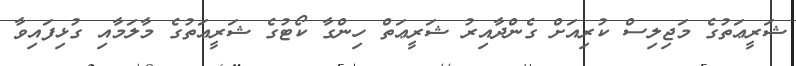
ޝަރީޢަތުގެ މަޖިލިސް ކުރިއަށް ގެންދާއިރު ޝަރީޢަތް ހިންގާ ކޯޓުގެ ޝަރީޢަތުގެ މާލަމާއި ގުޅިފައިވާ